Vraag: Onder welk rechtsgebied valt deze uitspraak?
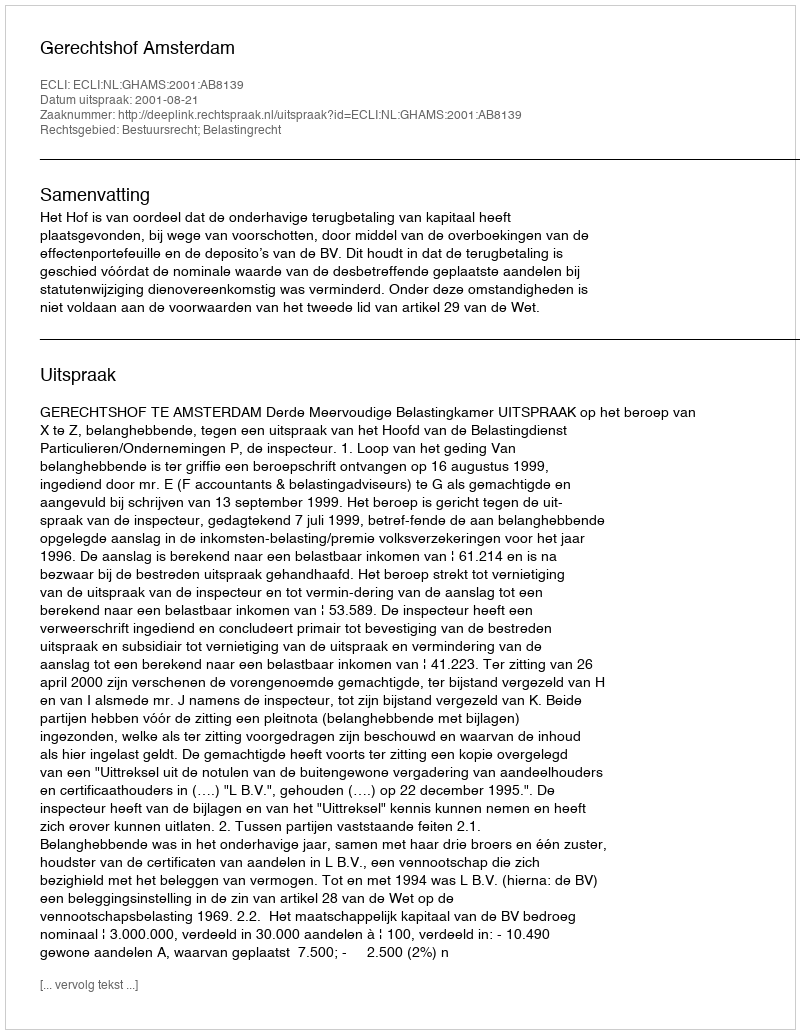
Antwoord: Bestuursrecht; Belastingrecht